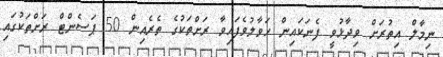
ނިމާލް އިތުރަށް ވިދާޅުވީ ފެނަކައިން ހަވާލުވެފައިވާ ރަށްތަކުގެ ތެރެއިން 50 ޕަސެންޓް ރަށްތަކުގައި